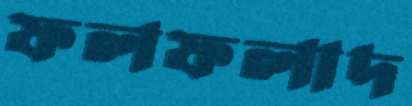
ফলফলাদ